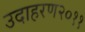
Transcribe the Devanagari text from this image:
उदाहरण२०११